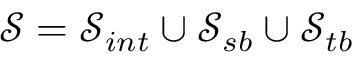
\mathcal { S } = \mathcal { S } _ { i n t } \cup \mathcal { S } _ { s b } \cup \mathcal { S } _ { t b }